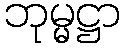
ဘုမ္မဋ္ဌာ